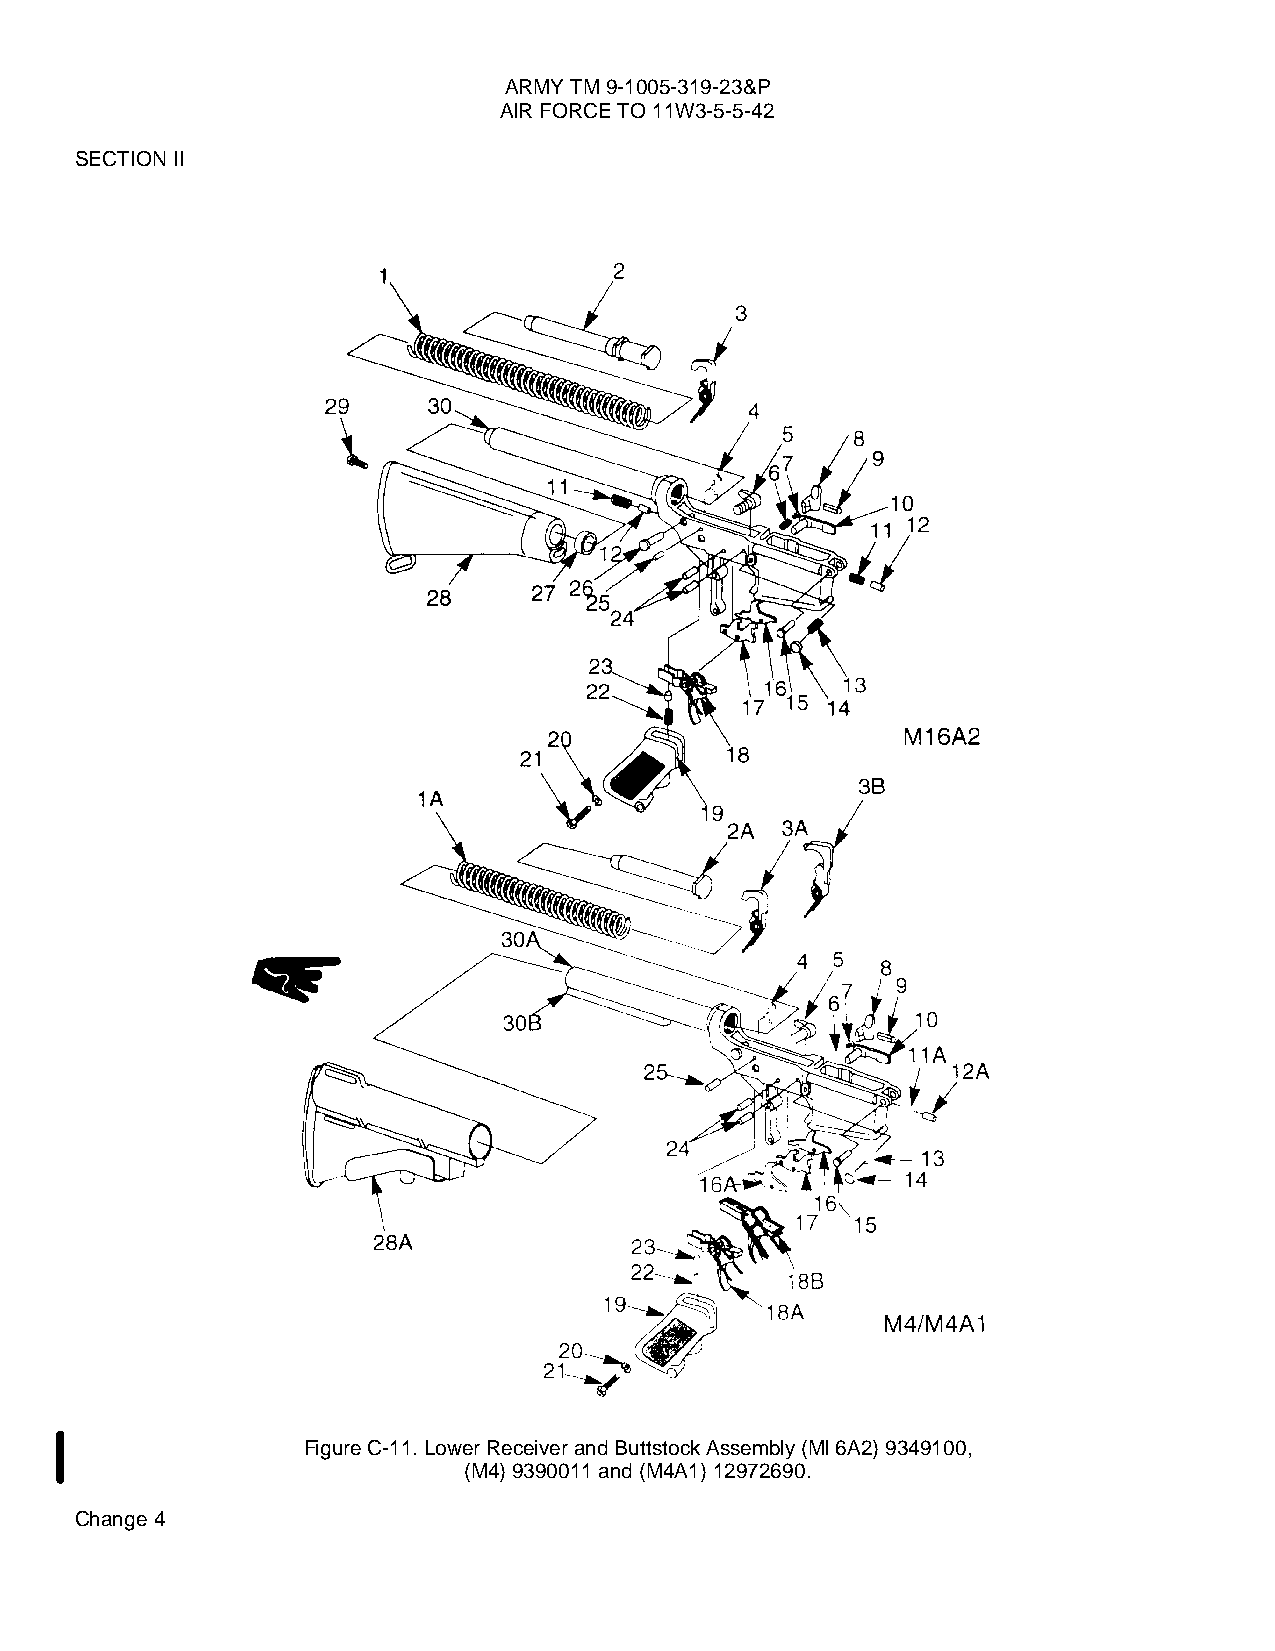
ARMY TM 9-1005-319-23&P
 AIR FORCE TO 11W3-5-5-42
 SECTION II
 Figure C-11. Lower Receiver and Buttstock Assembly (Ml 6A2) 9349100,
 (M4) 9390011 and (M4A1) 12972690.
 Change 4